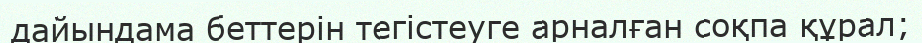
дайындама беттерін тегістеуге арналған соқпа құрал;